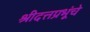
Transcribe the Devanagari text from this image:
श्रीदत्तप्रभूंचे